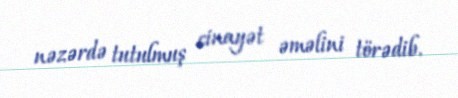
nəzərdə tutulmuş cinayət əməlini törədib.